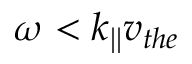
\omega < k _ { | | } v _ { t h e }